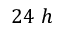
2 4 ~ h